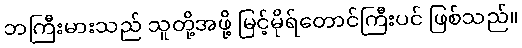
ဘကြီးမားသည် သူတို့အဖို့ မြင့်မိုရ်တောင်ကြီးပင် ဖြစ်သည်။